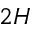
2 H